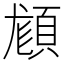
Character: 𩒿